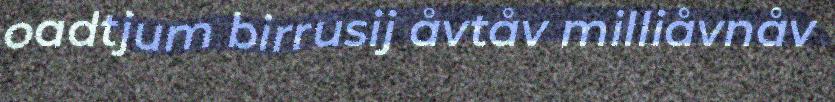
oadtjum birrusij åvtåv milliåvnåv